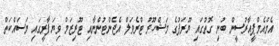
އެމްއެމްޕީއާރުސީން ބުނި ގޮތުގައި ޔޫރަޕުގެ މަޝްހޫރު ޓްރެވަލް އެޖެންޓުންނާއި ޓޫރިޒަމް ވިޔަފާރީގައި މަސައްކަތް